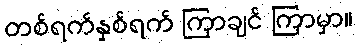
တစ်ရက်နှစ်ရက် ကြာချင် ကြာမှာ။